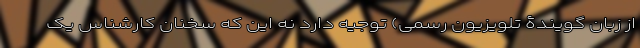
از زبان گویندۀ تلویزیون رسمی) توجیه دارد نه این که سخنان کارشناس یک